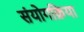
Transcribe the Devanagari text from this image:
संयोगक्रिया